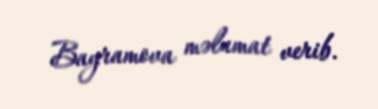
Bayramova məlumat verib.